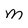
Character: M